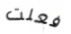
فعلت